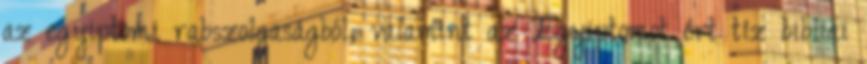
az egyiptomi rabszolgaságból, valamint az Egyiptomot ért tíz bibliai